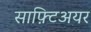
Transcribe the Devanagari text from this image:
साफ़्टिअयर